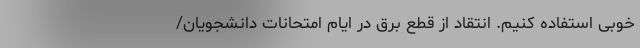
خوبی استفاده کنیم. انتقاد از قطع برق در ایام امتحانات دانشجویان/